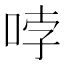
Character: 哱